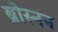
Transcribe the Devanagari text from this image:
ब्रोस्नन